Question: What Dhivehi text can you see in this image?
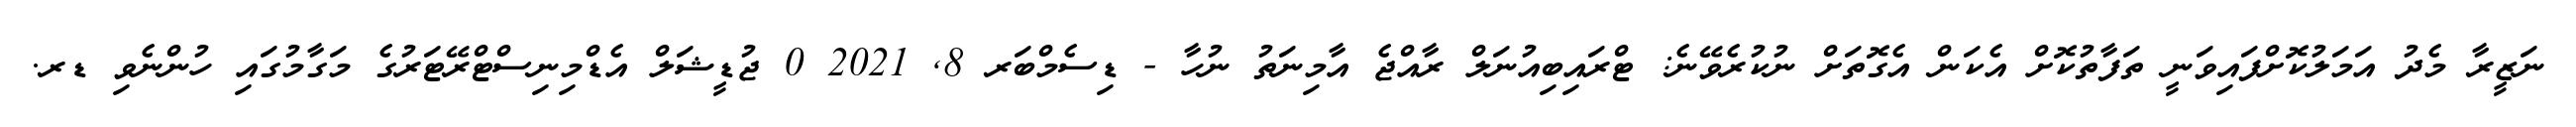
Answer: ނަޒީރާ މެދު އަމަލުކޮށްފައިވަނީ ތަފާތުކޮށް އެކަން އެގޮތަށް ނުކުރެވޭނެ: ޓްރައިބިއުނަލް ރާއްޖެ އާމިނަތު ނުހާ - ޑިސެމްބަރ 8, 2021 0 ޖުޑީޝަލް އެޑްމިނިސްޓްރޭޓަރުގެ މަގާމުގައި ހުންނެވި ޑރ.